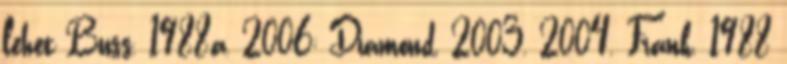
lehet Buss, 1988a, 2006; Diamond, 2003, 2004, Frank, 1988